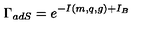
\Gamma _ { a d S } = e ^ { - I ( m , q , g ) + I _ { B } }